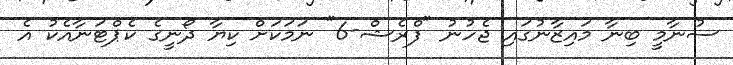
ސުނާމީ ބިނާ މައިޒާނުގައި ޖެހުނު "ފްރެޝް-6" ނަމަކަށް ކިޔާ ދޯނީގެ ކެޕްޓަނާއެކު އެ